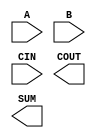
module sky130_fd_sc_hd__fahcin (
    //# {{data|Data Signals}}
    input  A   ,
    input  B   ,
    input  CIN ,
    output COUT,
    output SUM
);

    // Voltage supply signals
    supply1 VPWR;
    supply0 VGND;
    supply1 VPB ;
    supply0 VNB ;

endmodule